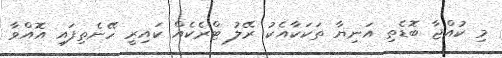
މި ކުއްޖާ ބޮޑެތި އަނިޔާ ތަކަކާއެކު ރޭލު ޓްރެކެއް ކައިރީ ހޭނެތިފައި އޮއްވާ